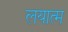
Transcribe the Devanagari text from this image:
लयात्म